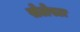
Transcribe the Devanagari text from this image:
सेलेस्टा